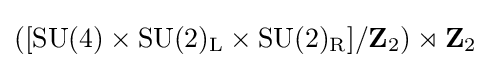
\left([\mathrm {SU} (4)\times \mathrm {SU} (2)_{\mathrm {L} }\times \mathrm {SU} (2)_{\mathrm {R} }]/\mathbf {Z} _{2}\right)\rtimes \mathbf {Z} _{2}